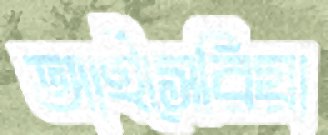
আইসেরিয়া